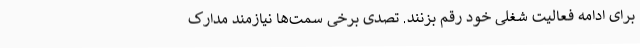
برای ادامه فعالیت شغلی خود رقم بزنند. تصدی برخی سمت‌ها نیازمند مدارک